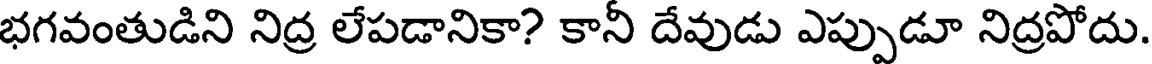
భగవంతుడిని నిద్ర లేపడానికా? కానీ దేవుడు ఎప్పుడూ నిద్రపోదు.